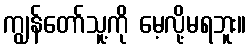
ကျွန်တော်သူ့ကို မေ့လို့မရဘူး။